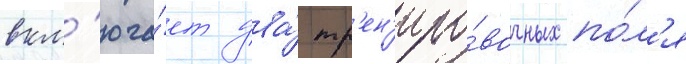
вкл'юча́ет два́ тр'ен'иро́вочных по́л'я